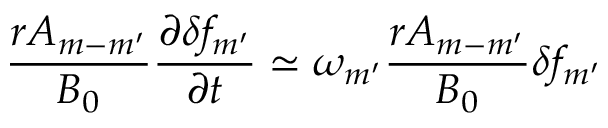
\frac { r A _ { m - m ^ { \prime } } } { B _ { 0 } } \frac { \partial \delta f _ { m ^ { \prime } } } { \partial t } \simeq \omega _ { m ^ { \prime } } \frac { r A _ { m - m ^ { \prime } } } { B _ { 0 } } \delta f _ { m ^ { \prime } }